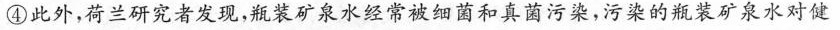
④此外，荷兰研究者发现，瓶装矿泉水经常被细菌和真茵污染，污染的瓶装矿泉水对健